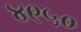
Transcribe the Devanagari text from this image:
४९५०